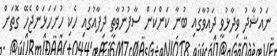
ނައުޝާދު ވިދާޅުވީ ދައުވާގައި ބުނާ ކަންކަން ސާފުނުވާތީ ދިފާއުގައި ހެކި ހުށަހަޅަންޖެހޭ ގޮތަށް